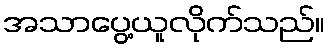
အသာပွေ့ယူလိုက်သည်။